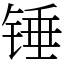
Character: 锤